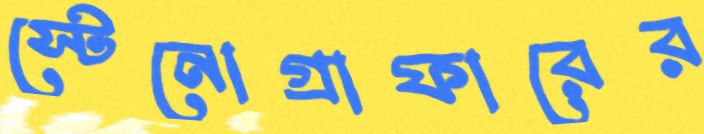
স্টেনোগ্রাফারের